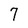
Character: 7